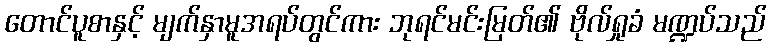
တောင်ပူစာနှင့် မျက်နှာမူအရပ်တွင်ကား ဘုရင်မင်းမြတ်၏ ဗိုလ်ရှုခံ မဏ္ဍပ်သည်